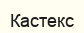
Кастекс